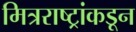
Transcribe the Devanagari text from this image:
मित्रराष्ट्रांकडून